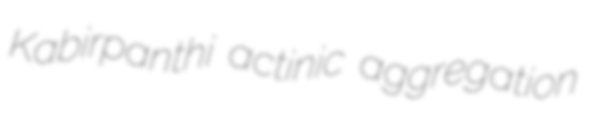
Kabirpanthi actinic aggregation